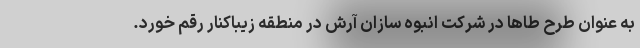
به عنوان طرح طاها در شرکت انبوه سازان آرش در منطقه زیباکنار رقم خورد.